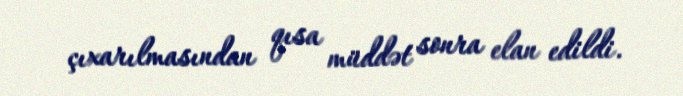
çıxarılmasından qısa müddət sonra elan edildi.